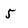
Character: 5